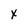
Character: x